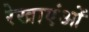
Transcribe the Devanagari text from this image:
रेखाएंओं